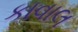
કાવાલ